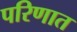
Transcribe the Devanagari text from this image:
परिणात